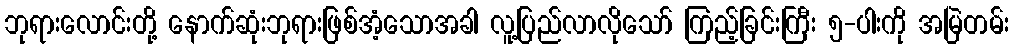
ဘုရားလောင်းတို့ နောက်ဆုံးဘုရားဖြစ်အံ့သောအခါ လူ့ပြည်လာလိုသော် ကြည့်ခြင်းကြီး ၅-ပါးကို အမြဲတမ်း